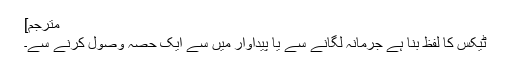
مترجم]
ٹیکس کا لفظ بنا ہے جرمانہ لگانے سے یا پیداوار میں سے ایک حصہ وصول کرنے سے۔